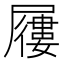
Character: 屨